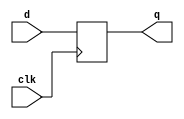
// module D_FF (q, d, clk);
//     output q; 
//     input d, clk; 
//     reg q;
//     always @( posedge clk)
//         q <= d;
// endmodule

module D_FF (
    input [31:0] d,
    input clk,
    output reg [31:0] q
);

always @(posedge clk) begin
    q <= d;
end

endmodule